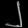
Digit: ၂